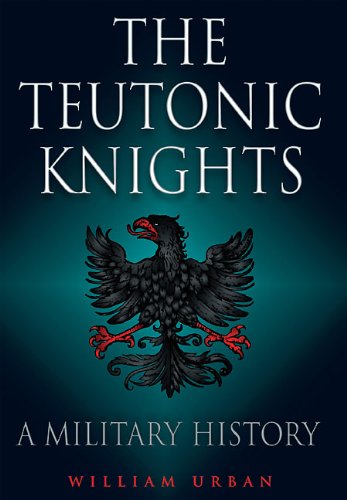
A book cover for TEUTONIC KNIGHTS; William Urban; History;